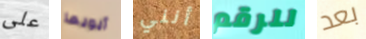
على أبويها أنني للرقم بعد